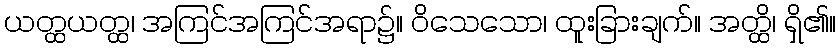
ယတ္ထယတ္ထ၊ အကြင်အကြင်အရာ၌။ ဝိသေသော၊ ထူးခြားချက်။ အတ္ထိ၊ ရှိ၏။